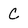
Character: C